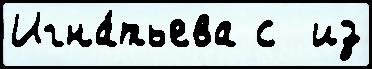
Игна́тьева с  из